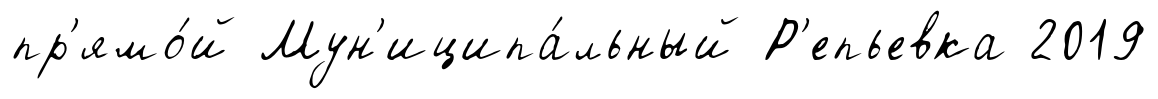
пр'ямо́й Мун'иципа́льный Р'епьевка 2019